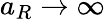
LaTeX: a_{R}\rightarrow\infty